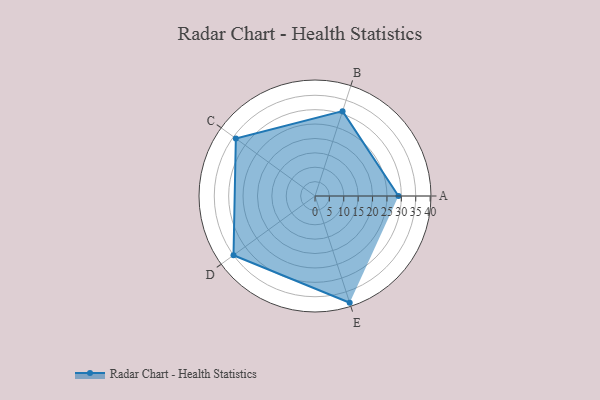
{"axis": {"x": "Skill", "y": "Score"}, "legend": ["Profile"], "data": [{"x": "A", "y": 29.0, "type": "Profile"}, {"x": "B", "y": 31.0, "type": "Profile"}, {"x": "C", "y": 34.0, "type": "Profile"}, {"x": "D", "y": 35.0, "type": "Profile"}, {"x": "E", "y": 39.0, "type": "Profile"}]}